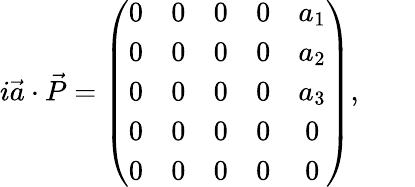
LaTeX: i{\vec{a}}\cdot{\vec{P}}=\left({\begin{array}{ccccc}{0}&{0}&{0}&{0}&{a_{1}}\\ {0}&{0}&{0}&{0}&{a_{2}}\\ {0}&{0}&{0}&{0}&{a_{3}}\\ {0}&{0}&{0}&{0}&{0}\\ {0}&{0}&{0}&{0}&{0}\end{array}}\right),\qquad